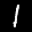
Label: 1